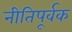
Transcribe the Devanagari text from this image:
नीतिपूर्वक